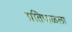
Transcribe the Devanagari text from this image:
प्रतिपाळला